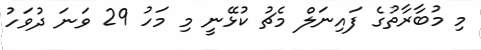
މި މުބާރާތުގެ ފައިނަލް މެޗު ކުޅޭނީ މި މަހު 29 ވަނަ ދުވަހު